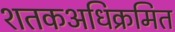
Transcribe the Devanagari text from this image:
शतकअधिक्रमित